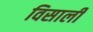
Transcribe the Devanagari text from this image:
विसाली